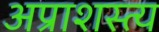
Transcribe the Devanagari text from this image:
अप्राशस्त्य